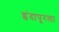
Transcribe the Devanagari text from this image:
इंदापूरला